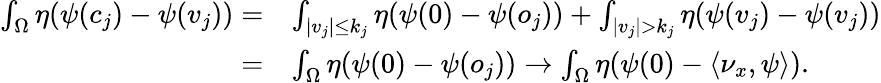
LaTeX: \begin{array}{rl}{\int_{\Omega}\eta(\psi(c_{j})-\psi(v_{j}))=}&{\int_{|v_{j}|\leq k_{j}}\eta(\psi(0)-\psi(o_{j}))+\int_{|v_{j}|>k_{j}}\eta(\psi(v_{j})-\psi(v_{j}))}\\ {=}&{\int_{\Omega}\eta(\psi(0)-\psi(o_{j}))\to\int_{\Omega}\eta(\psi(0)-\langle\nu_{x},\psi\rangle).}\end{array}